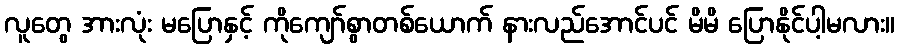
လူတွေ အားလုံး မပြောနှင့် ကိုကျော်စွာတစ်ယောက် နားလည်အောင်ပင် မိမိ ပြောနိုင်ပါ့မလား။